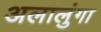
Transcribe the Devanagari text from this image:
अलालुंगा